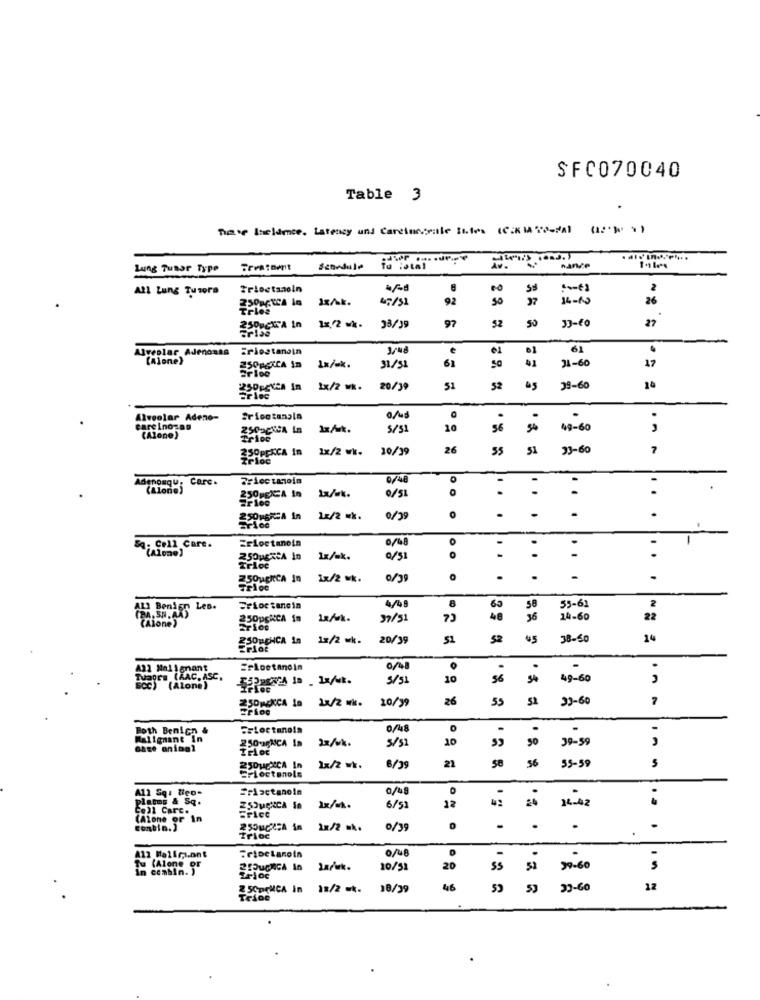
SFC070040
Table 3
nate Incidence. Latency und Carcincoetle Ities (CEK IA TO-dal
Lung Tutor Type
Šenedule
Av.
All Lung Tusora
Frioctanein
Ss
2
1x/k.
47/31
92
27
14-10
26
50
33-60
27
250gCKTA In
1x 2 wk-
33/39
97
52
Alveolar Adenoans
Ericstanoin
€
61
.
[Alone)
31/51
31-60
250pgICA in
1x/ux.
61
17
1x/2 WK.
20/39
51
52
39-60
Alveolar Adeno-
.
care Ino-ag
5/51
10
56
54
49-60
,
(Alone)
3OPPSCA In
1x/2 wk.
10/19
26
55
51
"3-60
7
Adenosqu:
Carc.
0/48
0
-
-
-
(along)
Ix/uk.
0/51
.
.
250HEIA In
-
-
.
1x/2 =k.
0/29
Erioetanoin
.
SQ- Cell Care.
(Alone)
-
1
250MERCA In
1x/ak.
-
-
..
Trice
250ugrCA In
1x/2 k.
0/39
.
.
-
.
4/68
53-61
ALI Benign Les.
Frioc tano in
8
65
58
2
27/51
14-60
22
(Alone')
250BACHCA 10
1x/2 wk.
20/39
51
52
38-50
14
A31 Malignant
0/48
.
Tuaora (AAC, ASC.
3/51
10
56
54
49-60
(Alone)
250MENCA 10
11/2 .
20/19
26
55
52
33-60
7
Both Benicn &
0/48
.
Malignant in
250vagNCA In
2x/wk.
5/51
10
50
39-59
Base animal
,
21
56
55-59
1x/2 wk.
8/39
5
Frioctanols
A12 Sq. tien-
Friactanoin
0/48
platos & Sq.
12
Cell Carc.
1x/wk.
6/51
34-42
(Alone or In
Conbin.]
1x/2 .k.
0/39
.
.
Trioc
0/48
A12 Hallrant
Frioelanoin
Tu (Alone or
In ccabin. )
10/51
20
55
52
99-60
SCPENCA In
18/2 .*.
18/39
46
23-60
12
In :